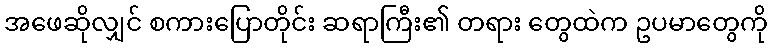
အဖေဆိုလျှင် စကားပြောတိုင်း ဆရာကြီး၏ တရား တွေထဲက ဥပမာတွေကို